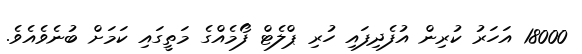
18000 އަހަރު ކުރިން އުފެދިފައި ހުރި ޕްލެޓް ފޯމެއްގެ މަތީގައި ކަމަށް ބުނެވެއެވެ.